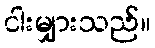
ငါးမျှားသည်။